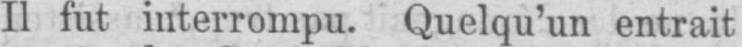
Il fut interrompu. Quelqu’un entrait